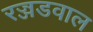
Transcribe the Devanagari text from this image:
रज्जडवाल